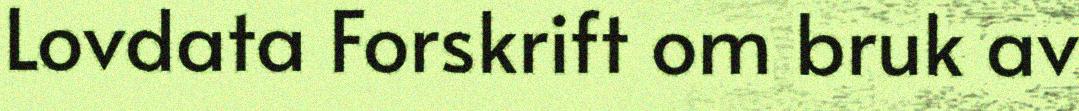
Lovdata Forskrift om bruk av